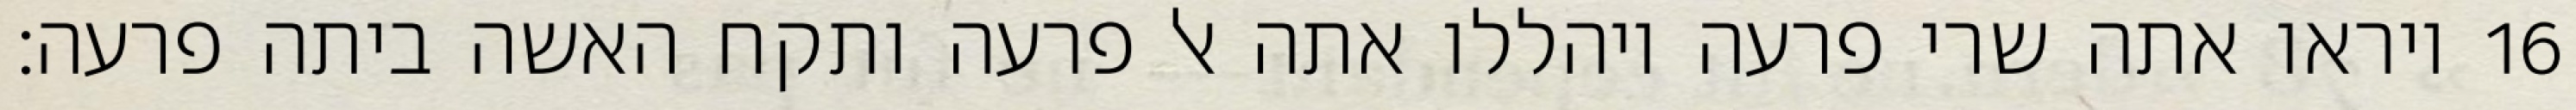
ויראו אתה שרי פרעה ויהללו אתה אל פרעה ותקח האשה ביתה פרעה׃ ‎16‏